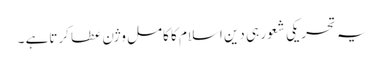
یہ تحریکی شعور ہی دین اسلام کا کامل وژن عطا کرتاہے ۔